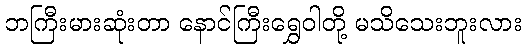
ဘကြီးမားဆုံးတာ နောင်ကြီးရွှေဝါတို့ မသိသေးဘူးလား